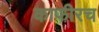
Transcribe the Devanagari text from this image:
काफीरच